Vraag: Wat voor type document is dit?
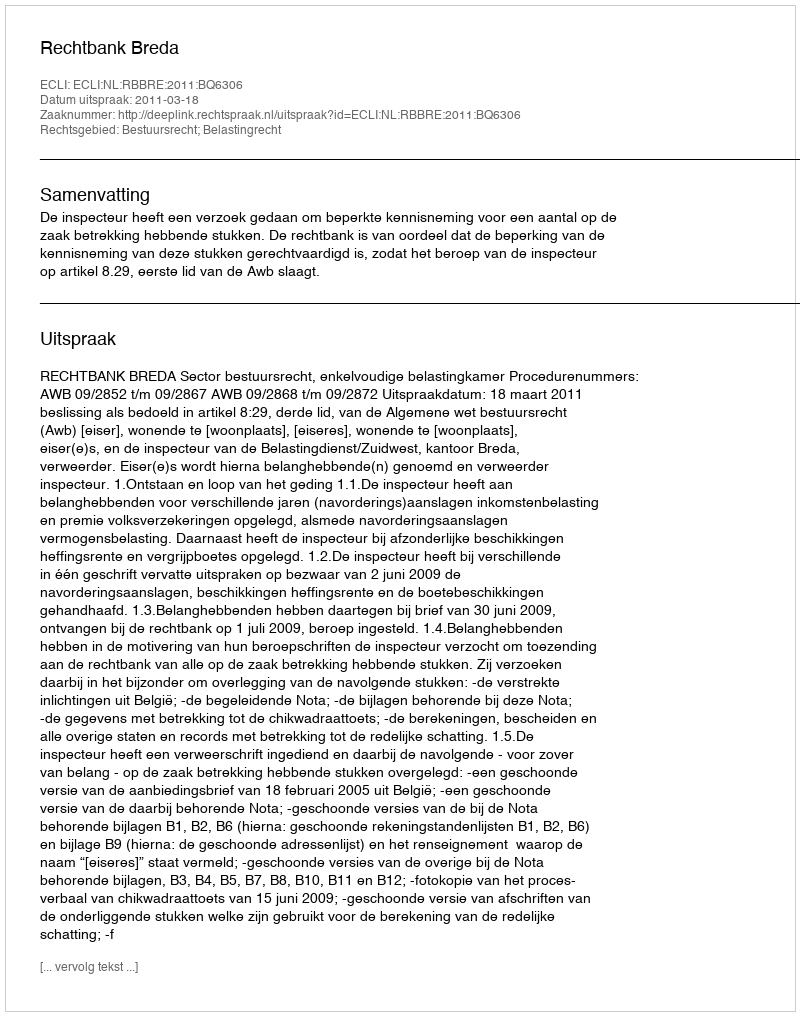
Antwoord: Uitspraak